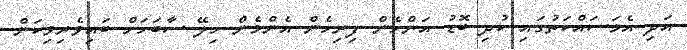
އަދި އެމަސައްކަތުގައި ކުދި ބޮޑު އަންހެން ފިރިހެން އެންމެން ހިލޭ ސާބަހަށް ބައިވެރިވިކަން